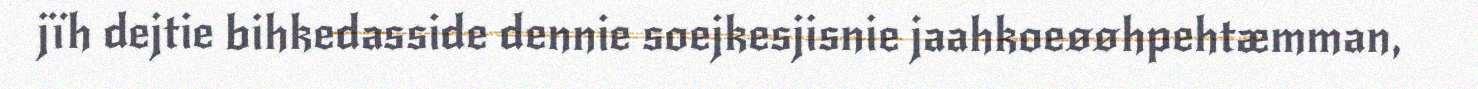
jïh dejtie bihkedasside dennie soejkesjisnie jaahkoeøøhpehtæmman,